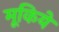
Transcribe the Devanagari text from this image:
मूकिये